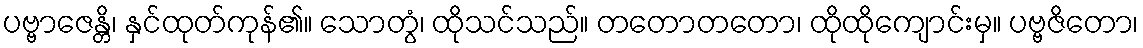
ပဗ္ဗာဇေန္တိ၊ နှင်ထုတ်ကုန်၏။ သောတွံ၊ ထိုသင်သည်။ တတောတတော၊ ထိုထိုကျောင်းမှ။ ပဗ္ဗဇိတော၊